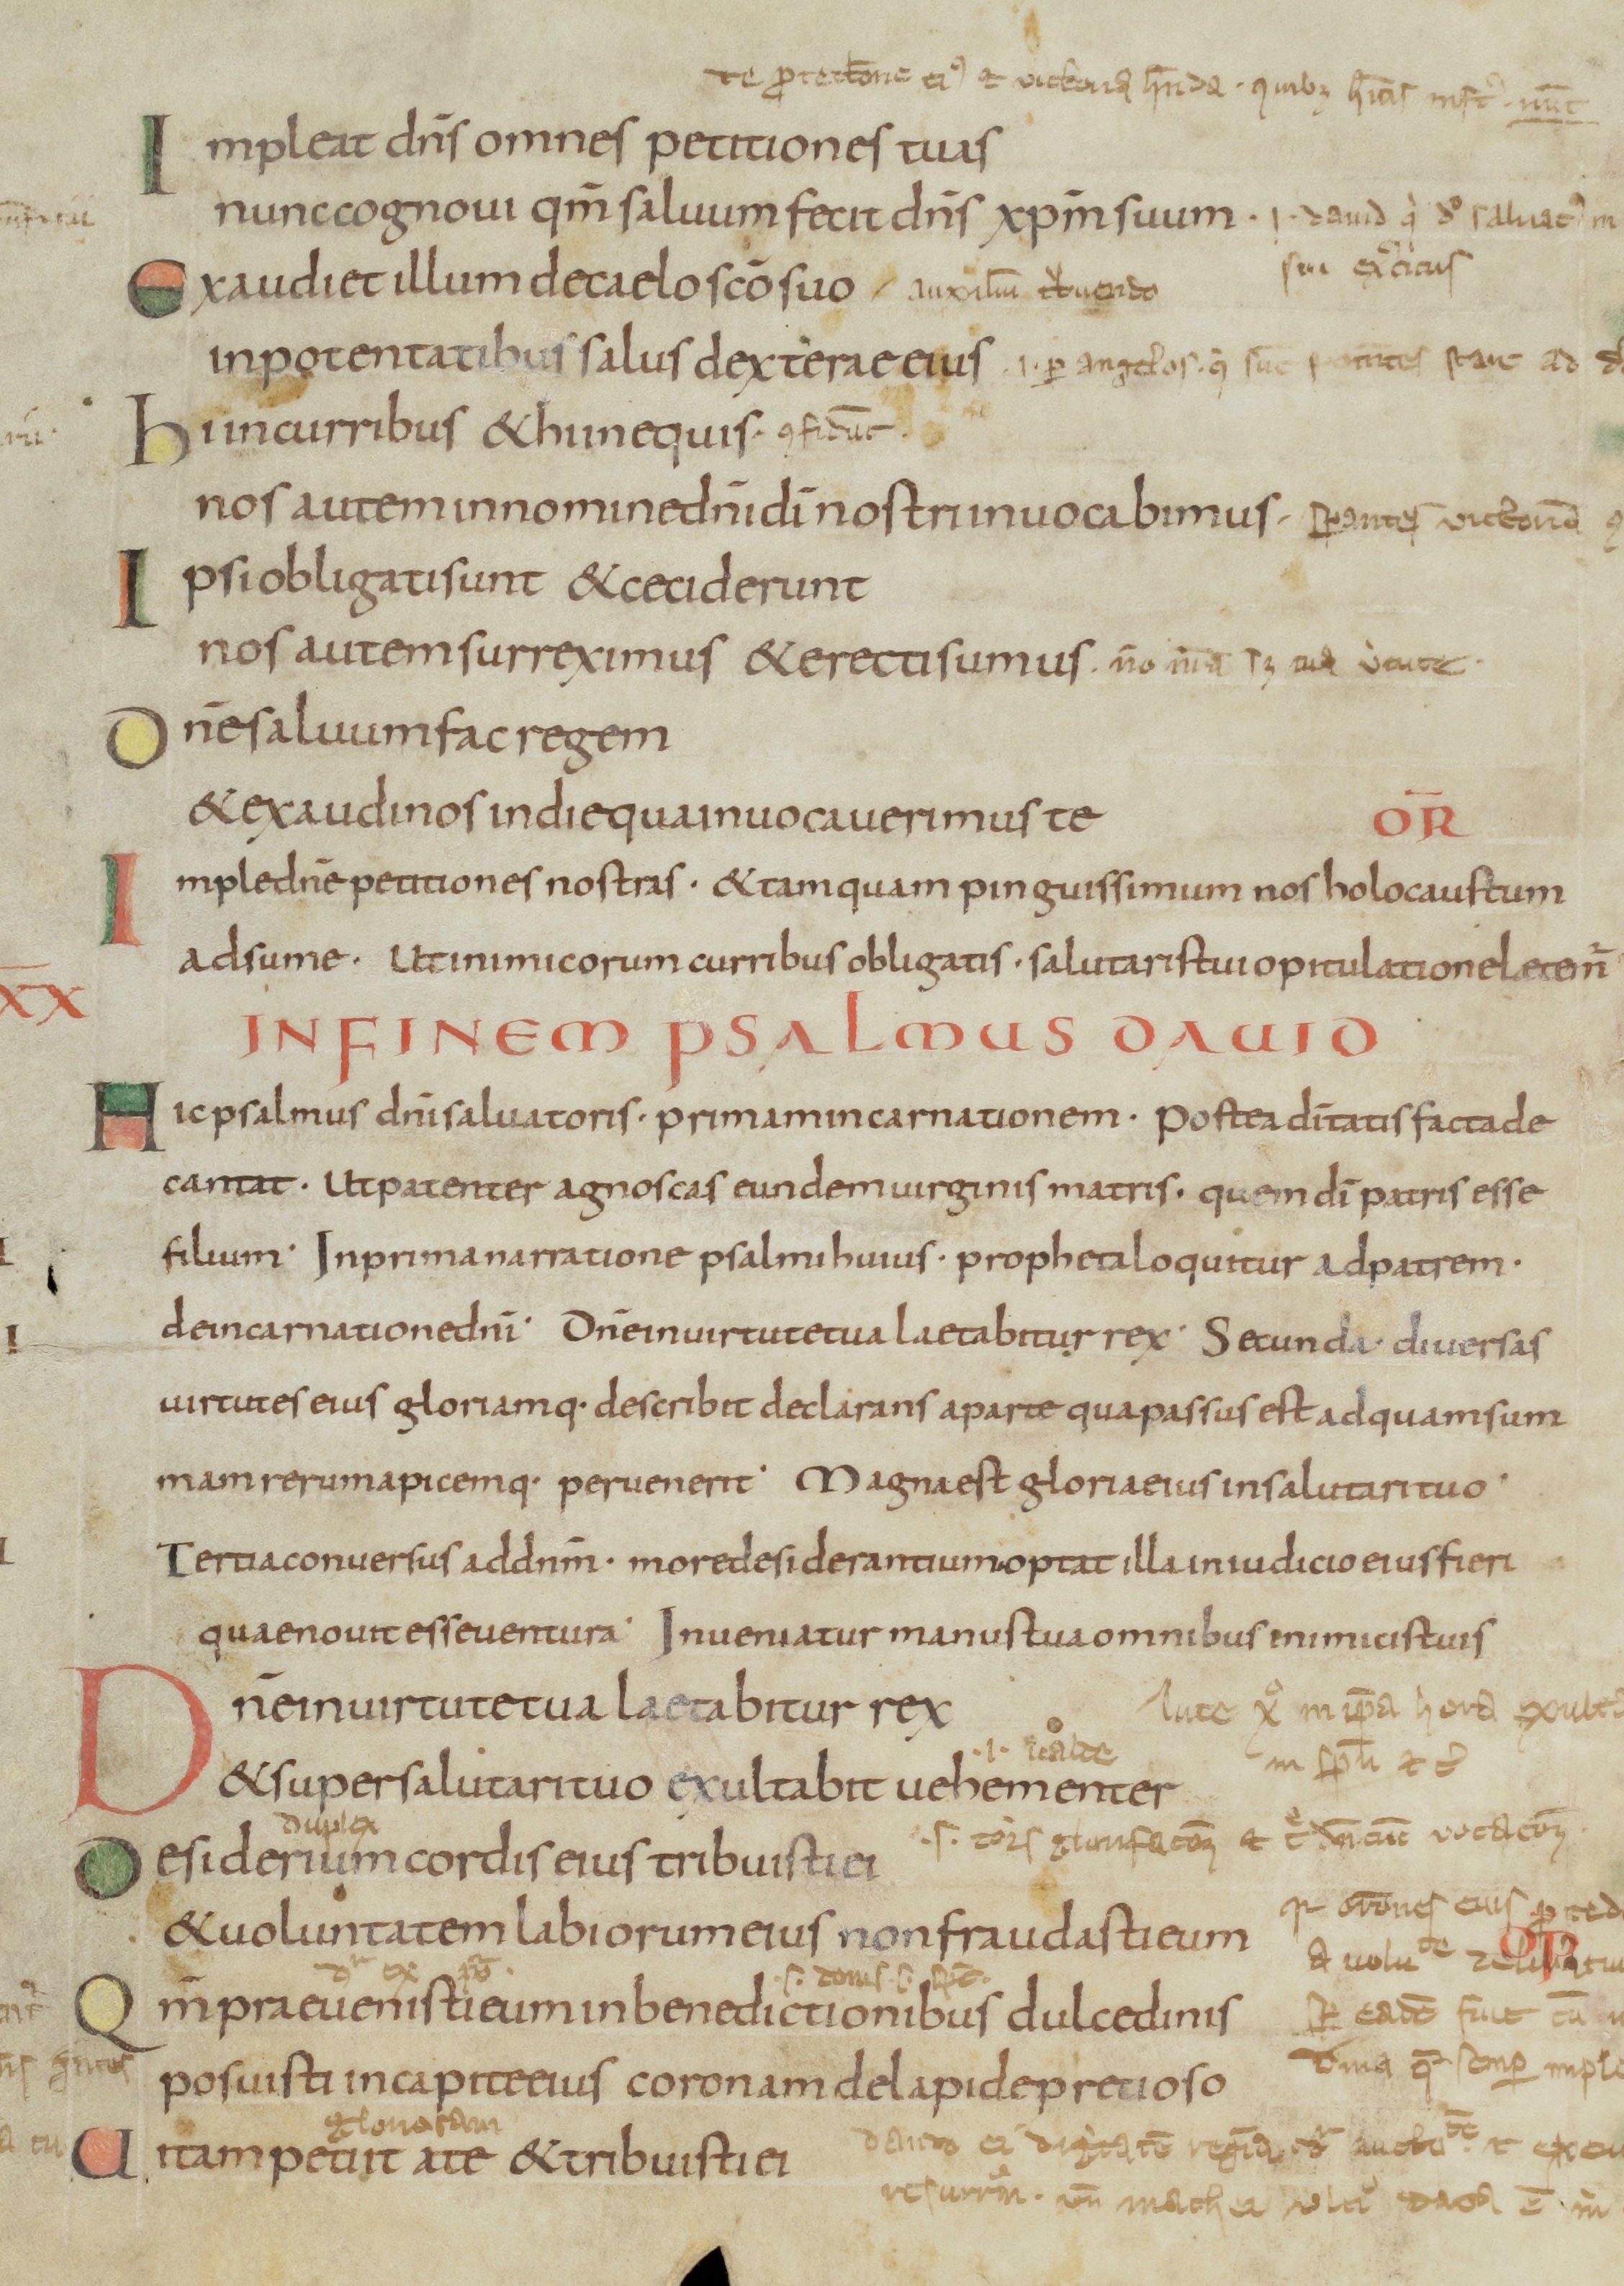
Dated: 800–899